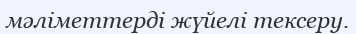
мәліметтерді жүйелі тексеру.